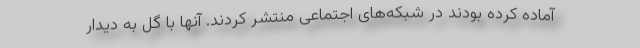
آماده کرده‌ بودند در شبکه‌های اجتماعی منتشر کردند. آنها با گل به دیدار